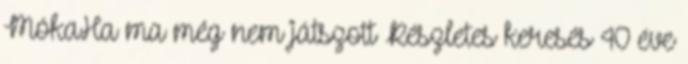
MókaHa ma még nem játszott Részletes keresés 40 éve